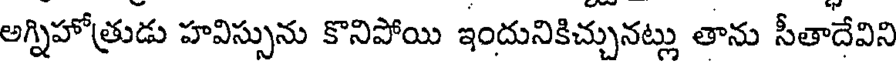
అగ్నిహోత్రుడు హవిస్సును కొనిపోయి ఇందునికిచ్చునట్లు తాను సీతాదేవిని